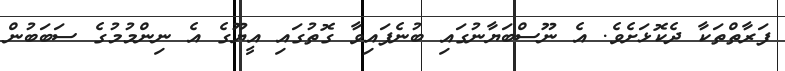
ފަރާތްތަކާ ދެކޮޅަށެވެ. އެ ނޫސްބަޔާނުގައި ބުނެފައިވާ ގޮތުގައި އީޔޫގެ އެ ނިންމުމުގެ ސަބަބުން